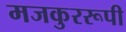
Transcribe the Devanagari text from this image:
मजकुररूपी